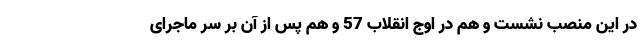
در این منصب نشست و هم در اوج انقلاب 57 و هم پس از آن بر سر ماجرای